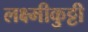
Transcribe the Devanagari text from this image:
लक्ष्मीकुट्टी